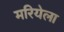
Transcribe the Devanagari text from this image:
मरियेला